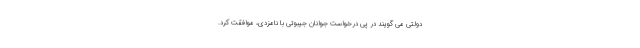
دولتی می گویند در پی درخواست جوانان جیبوتی با نامزدی، موافقت کرد.